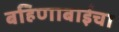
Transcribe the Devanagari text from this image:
बहिणाबाईचा